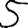
Digit: 5